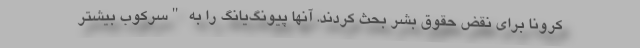
کرونا برای نقض حقوق بشر بحث کردند. آنها پیونگ‌یانگ را به "سرکوب بیشتر